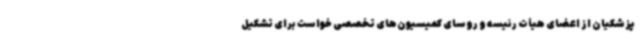
پزشکیان از اعضای هیأت رئیسه و روسای کمیسیون‌های تخصصی خواست برای تشکیل